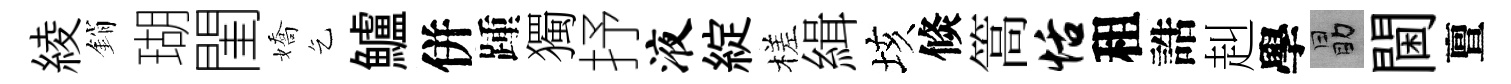
綾銷瑚閨嬌乞鱸併踵獨抒液綻槎緝垓倐篙恬租誥赳學勗閫亶